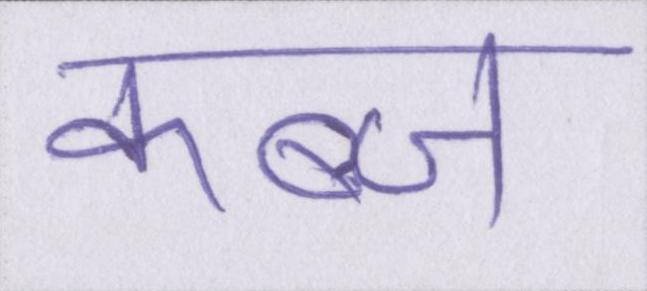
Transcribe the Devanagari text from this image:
कब्ज